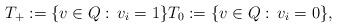
LaTeX: \begin{align*}T_+:=\{v\in Q:\, v_i=1\}T_0:=\{v\in Q:\, v_i=0\},\end{align*}